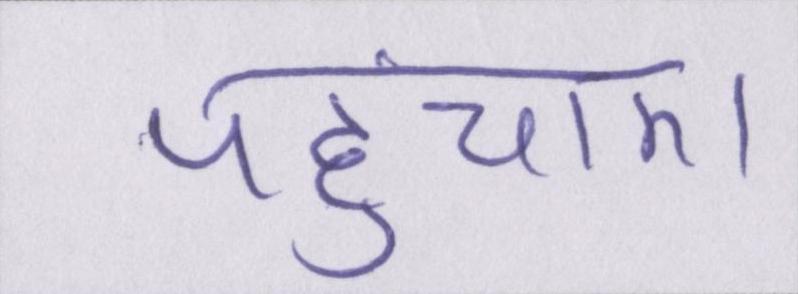
पहुंचाए